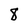
Character: 8